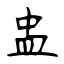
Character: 盅